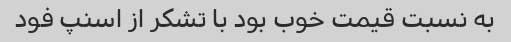
به نسبت قیمت خوب بود با تشکر از اسنپ فود